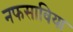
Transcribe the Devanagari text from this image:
नफसाविया